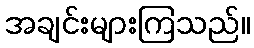
အချင်းများကြသည်။